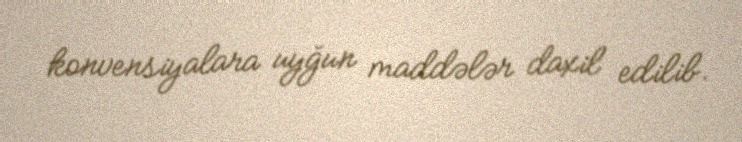
konvensiyalara uyğun maddələr daxil edilib.